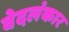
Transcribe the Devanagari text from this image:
वेदलंकार